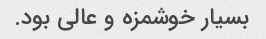
بسیار خوشمزه و عالی بود.